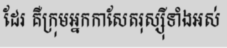
ដែរ គឺក្រុមអ្នកកាសែតរុស្ស៊ីទាំងអស់